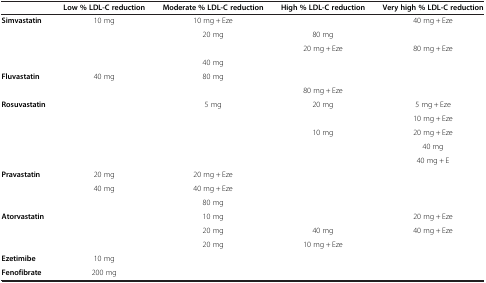
<table><thead><tr><td><b> </b></td><td><b>Low % LDL-C reduction</b></td><td><b>Moderate % LDL-C reduction</b></td><td><b>High % LDL-C reduction</b></td><td><b>Very high % LDL-C reduction</b></td></tr></thead><tbody><tr><td rowspan="4"><b>Simvastatin</b></td><td>10 mg</td><td>10 mg + Eze</td><td> </td><td>40 mg + Eze</td></tr><tr><td> </td><td>20 mg</td><td>80 mg</td><td> </td></tr><tr><td> </td><td> </td><td>20 mg + Eze</td><td>80 mg + Eze</td></tr><tr><td> </td><td>40 mg</td><td> </td><td> </td></tr><tr><td rowspan="2"><b>Fluvastatin</b></td><td>40 mg</td><td>80 mg</td><td> </td><td> </td></tr><tr><td> </td><td> </td><td>80 mg + Eze</td><td> </td></tr><tr><td rowspan="5"><b>Rosuvastatin</b></td><td> </td><td>5 mg</td><td>20 mg</td><td>5 mg + Eze</td></tr><tr><td> </td><td> </td><td> </td><td>10 mg + Eze</td></tr><tr><td> </td><td> </td><td>10 mg</td><td>20 mg + Eze</td></tr><tr><td> </td><td> </td><td> </td><td>40 mg</td></tr><tr><td> </td><td> </td><td> </td><td>40 mg + E</td></tr><tr><td rowspan="3"><b>Pravastatin</b></td><td>20 mg</td><td>20 mg + Eze</td><td> </td><td> </td></tr><tr><td>40 mg</td><td>40 mg + Eze</td><td> </td><td> </td></tr><tr><td> </td><td>80 mg</td><td> </td><td> </td></tr><tr><td rowspan="3"><b>Atorvastatin</b></td><td> </td><td>10 mg</td><td> </td><td>20 mg + Eze</td></tr><tr><td> </td><td>20 mg</td><td>40 mg</td><td>40 mg + Eze</td></tr><tr><td> </td><td>20 mg</td><td>10 mg + Eze</td><td> </td></tr><tr><td><b>Ezetimibe</b></td><td>10 mg</td><td> </td><td> </td><td> </td></tr><tr><td><b>Fenofibrate</b></td><td>200 mg</td><td> </td><td> </td><td> </td></tr></tbody></table>